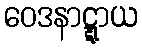
ဝေဒနာဋ္ဋာယ